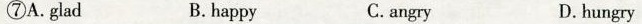
⑦A.glad B. happy C.angry D.hungry